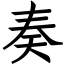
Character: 奏